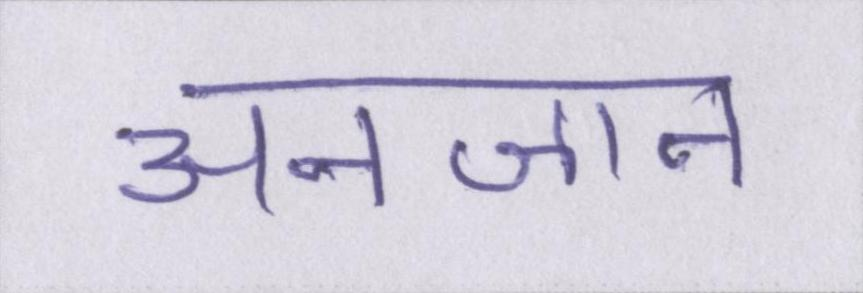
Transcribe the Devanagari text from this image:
अनजान